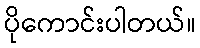
ပိုကောင်းပါတယ်။